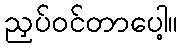
ညှပ်ဝင်တာပေါ့။